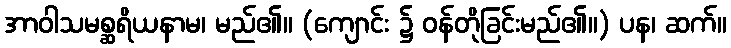
အာဝါသမစ္ဆရိယနာမ၊ မည်၏။ (ကျောင်း ၌ ဝန်တိုခြင်းမည်၏။) ပန၊ ဆက်။